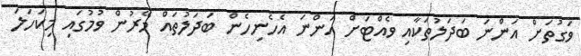
ވަގުތަށް އަންނަ ބަދަލުތަކާއި ވެއްޓަށް އަންނަ އެހެނިހެން ބަދަލުތައް މޭރުން ވުމުގައި މިކަހަލަ